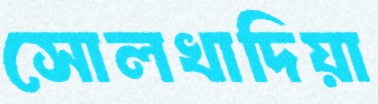
সোলখাদিয়া